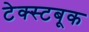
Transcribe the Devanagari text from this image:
टेक्स्टबूक